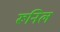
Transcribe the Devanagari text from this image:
रूनिल